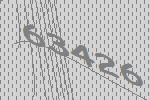
63426